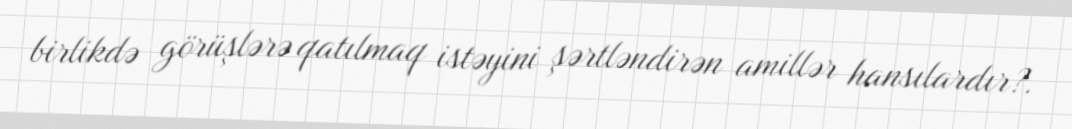
birlikdə görüşlərə qatılmaq istəyini şərtləndirən amillər hansılardır?.